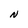
Character: N